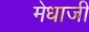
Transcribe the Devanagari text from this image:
मेधाजी